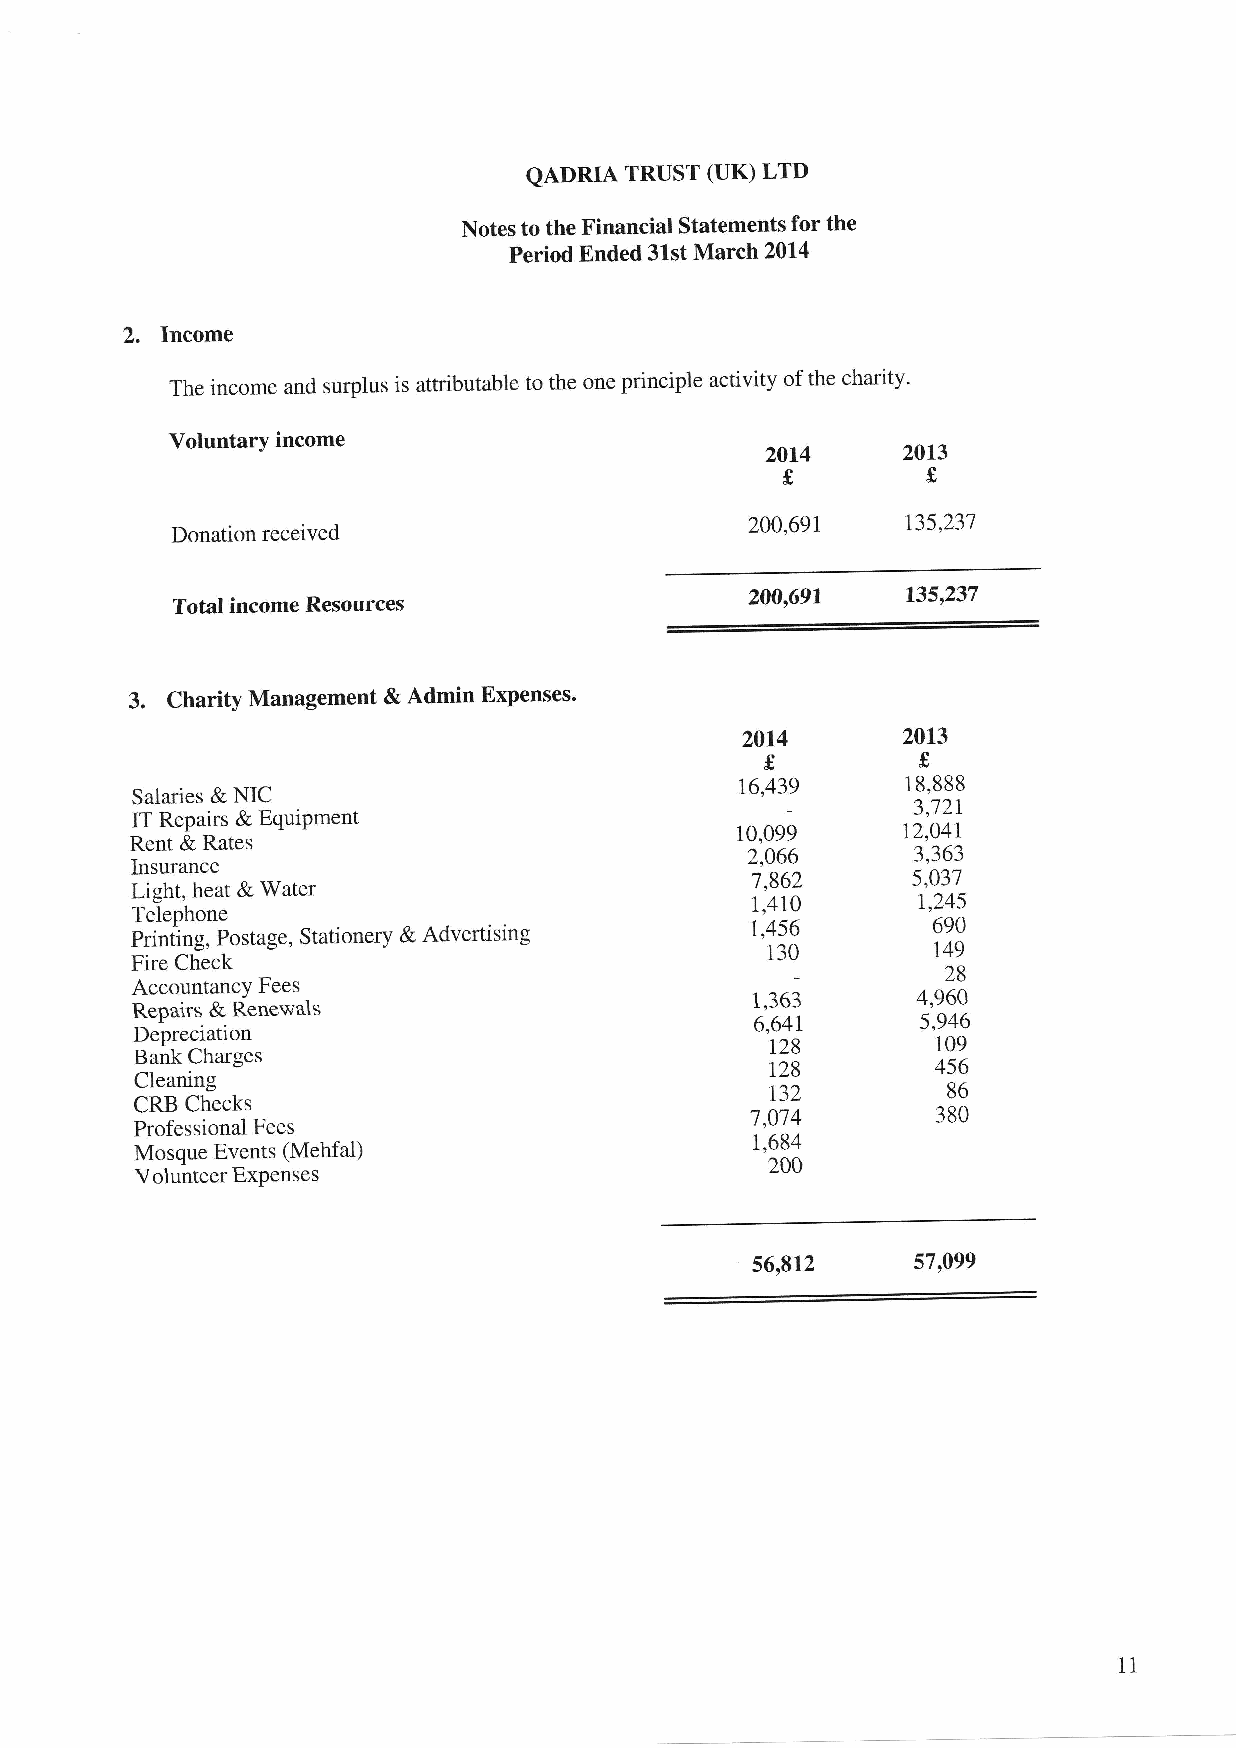
QADRIA TRUST (UK) LTD
 Notes to the Financial Statements for the
 Period Ended 31st March 2014
 2.
 Income
 The income and surplus is attributable to the one principle activity of the charity'
 Voluntary income                        2014
 2013
 sg
 200,691   r35.237
 Donation received
 2A0,697   135,237
 Total income Resources
 3. Charity Management & Admin Expenses'
 2014       2013
 f
 s
 16,439     18,888
 Salaries & NIC
 3,721
 IT Repairs & EquiPment
 Rent & Rates                            10,099     12,047
 2,066      3,363
 Insurance
 1,862     5,037
 Light, heat & Water
 1,410      1,245
 Telephone
 Printing, Postage, Stationery & Advertising 1,456    690
 130        r49
 Fire Check
 28
 Accountancy Fees
 Repairs & Renewals                       1,363      4,960
 6,641      5,946
 Depreciation
 t28        109
 Bank Charges
 r28        456
 Cleaning
 r32         86
 CRB Checks
 '7,074      380
 Professional Fees
 Mosque Events (Mehfaf)                   1,684
 200
 Volunteer ExPenses
 56,812     57,099
 11